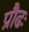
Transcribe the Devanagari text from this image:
प्रौढः